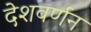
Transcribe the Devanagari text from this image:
देशवर्णन